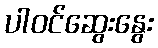
ပါဝင်ဆွေးနွေး